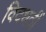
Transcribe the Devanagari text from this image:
विदधतीं